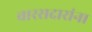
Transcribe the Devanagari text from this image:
वारसदारांना